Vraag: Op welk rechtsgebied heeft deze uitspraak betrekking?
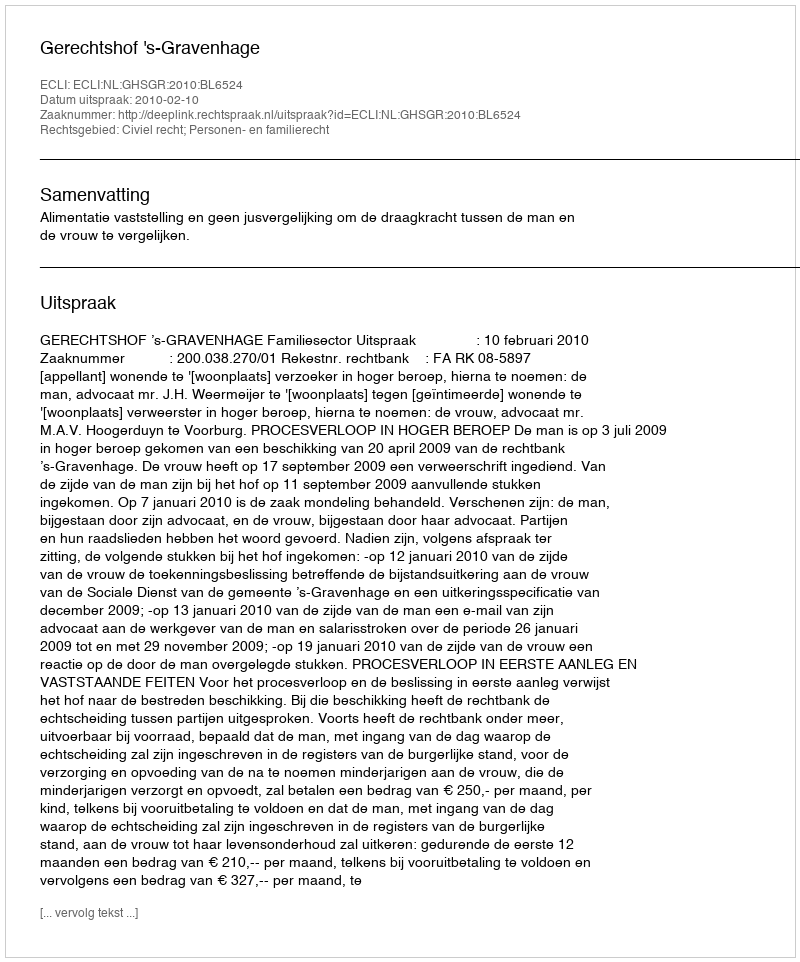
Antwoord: Civiel recht; Personen- en familierecht